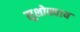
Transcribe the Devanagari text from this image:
सुशोक्याय